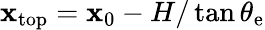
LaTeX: \mathbf{x}_{\mathrm{{{top}}}}=\mathbf{x}_{0}-H/\tan\theta_{\mathrm{{{e}}}}